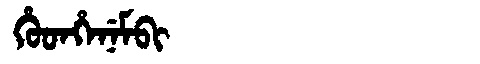
Manchu: ᡥᡠᡨᡥᡝᠨᡝᠮᠪᡳ
Romanization: HUTHENEMBI